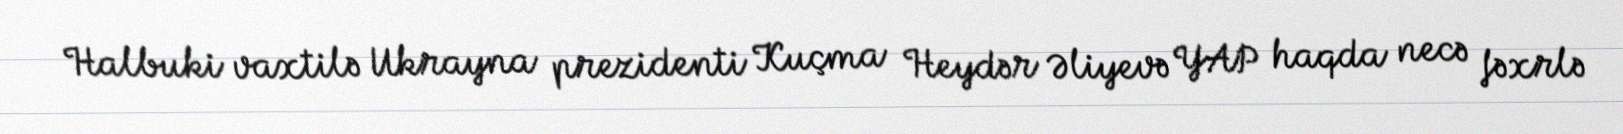
Halbuki vaxtilə Ukrayna prezidenti Kuçma Heydər Əliyevə YAP haqda necə fəxrlə